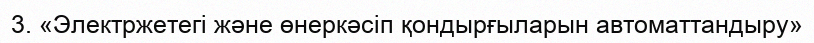
3. «Электржетегі және өнеркәсіп қондырғыларын автоматтандыру»